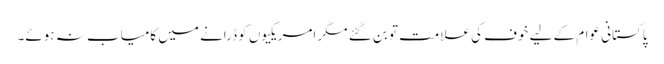
پاکستانی عوام کے لیے خوف کی علامت تو بن گئے مگر امریکیوں کو ڈرانے میں کامیاب نہ ہوئے۔